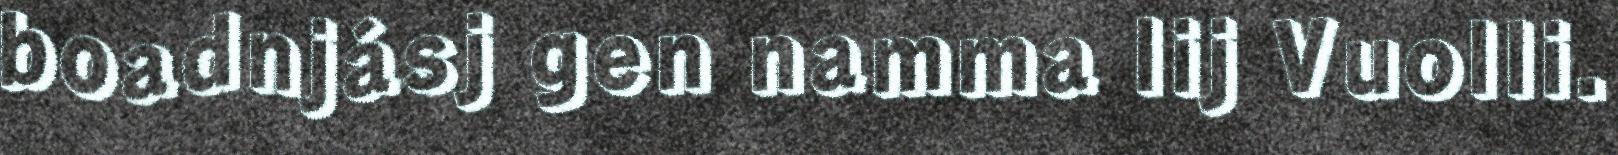
boadnjásj gen namma lij Vuolli.